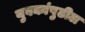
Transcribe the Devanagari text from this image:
युवकांपुढील